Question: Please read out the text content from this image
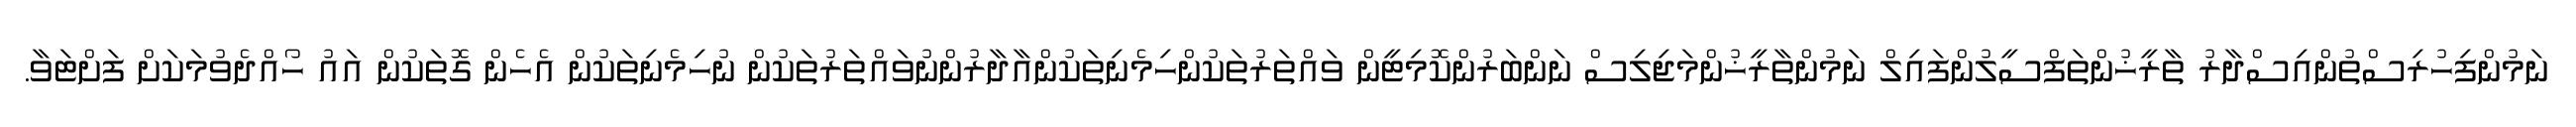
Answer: ނަމުންފިހުރިސްތުންއިސްދާރު ތާރީޚުންތަފްސީލުންފައިލް ނަމުންތާރީޚުންމަޖިލިސް ނަންބަރުންކޮމިޓީން ވައްތަރުތަކުންހިމެނިތަކުންއާދާރުންނުވައްތަރުތަކުން ނުހިމެނިތަކުން އެހެން ގޮތަކުން އައު ހޯއްދެވުމަކަށް ފަށްޓަވާ.